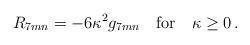
\begin{align*}R_{7mn}=-6\kappa ^{2}g_{7mn}\quad \textrm{for}\quad \kappa \ge 0\, .\end{align*}